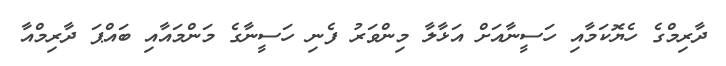
ދާރިމްގެ ހެޔޮކަމާއި ހަސީނާއަށް އަޅާލާ މިންވަރު ފެނި ހަސީނާގެ މަންމައާއި ބައްޕަ ދާރިމްއާ